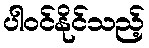
ပါဝင်နိုင်သည့်